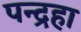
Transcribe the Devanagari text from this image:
पन्द्रहा